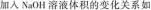
加入NaOH溶液体积的变化关系如